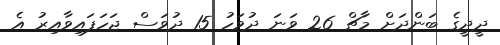
ދީދީގެ ބަންދަށް މާޗް 26 ވަނަ ދުވަހު 15 ދުވަސް ޖަހަފައިވާއިރު އެ